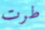
طرت